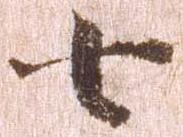
七